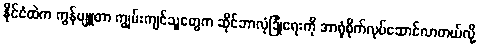
နိုင်ငံထဲက ကွန်ပျူတာ ကျွမ်းကျင်သူတွေက ဆိုင်ဘာလုံခြုံရေးကို အာရုံစိုက်လုပ်ဆောင်လာတယ်လို့